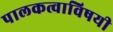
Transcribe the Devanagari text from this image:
पालकत्वाविषयी